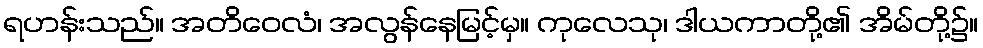
ရဟန်းသည်။ အတိဝေလံ၊ အလွန်နေမြင့်မှ။ ကုလေသု၊ ဒါယကာတို့၏ အိမ်တို့၌။